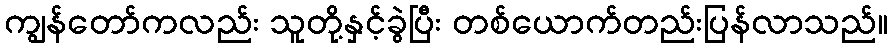
ကျွန်တော်ကလည်း သူတို့နှင့်ခွဲပြီး တစ်ယောက်တည်းပြန်လာသည်။